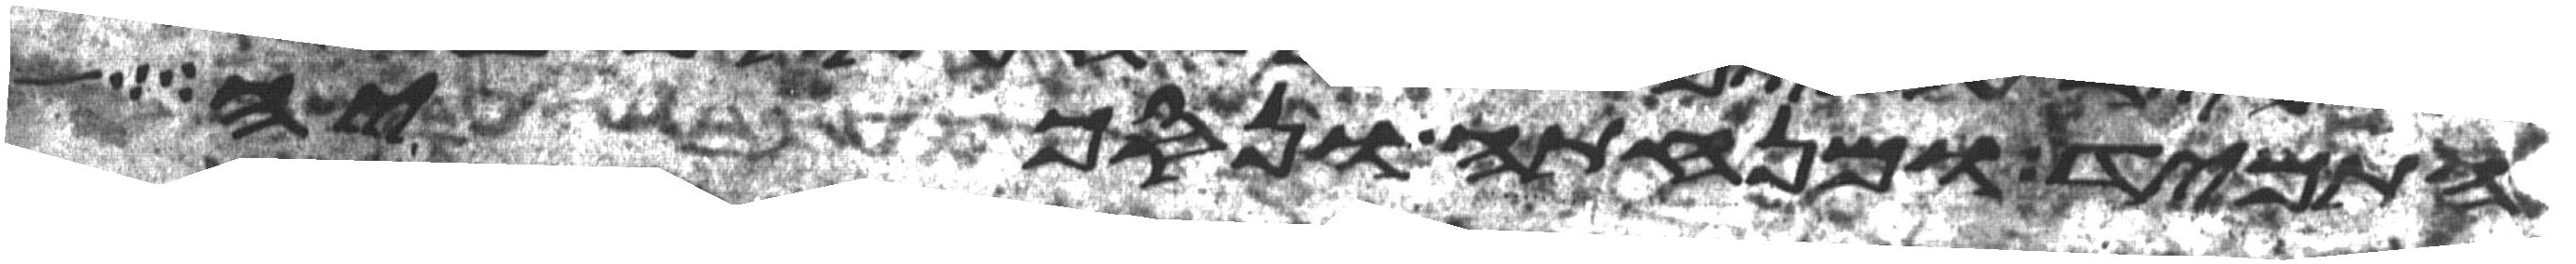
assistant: התמיד ומנחתה ונסכיה